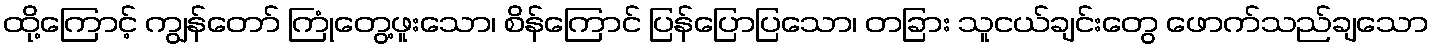
ထို့ကြောင့် ကျွန်တော် ကြုံတွေ့ဖူးသော၊ စိန်ကြောင် ပြန်ပြောပြသော၊ တခြား သူငယ်ချင်းတွေ ဖောက်သည်ချသော